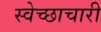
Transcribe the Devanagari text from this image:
स्‍वेच्‍छाचारी